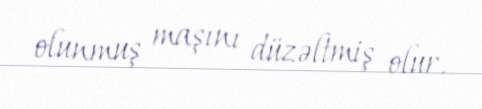
olunmuş maşını düzəltmiş olur.